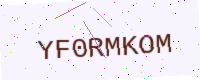
Text: YF0RMKOM